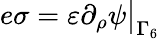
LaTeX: e\sigma=\varepsilon\partial_{\rho}\psi\big|_{\Gamma_{6}}